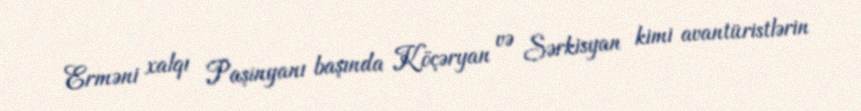
Erməni xalqı Paşinyanı başında Köçəryan və Sərkisyan kimi avantüristlərin